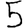
Digit: 5